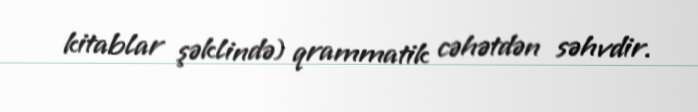
kitablar şəklində) qrammatik cəhətdən səhvdir.